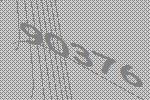
90376